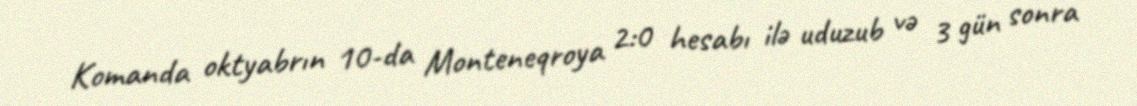
Komanda oktyabrın 10-da Monteneqroya 2:0 hesabı ilə uduzub və 3 gün sonra